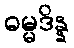
ဓမ္မဒိန္န